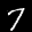
Label: 7